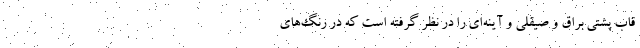
قاب پشتی براق و صیقلی و آینه‌ای را در نظر گرفته است که در رنگ‌های